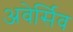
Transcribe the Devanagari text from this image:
अवेर्सिव